Indian journal of veterinary science and animal husbandry - Volumes 18-21, 1948-1951
Year: 1948
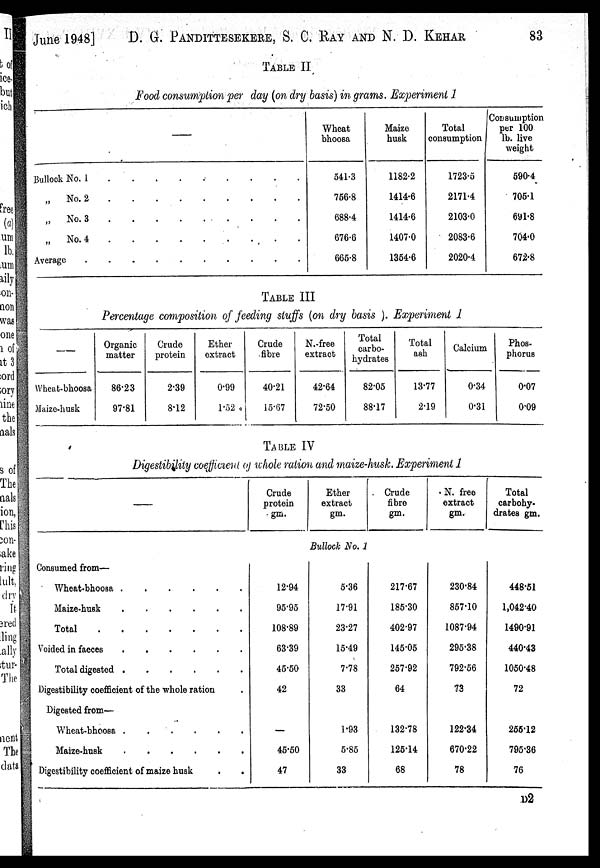
June 1948] D. G. PANDITTESEKERE, S. C. RAY AND N. D. KEHAR 83
TABLE II
Food consumption per day (on dry basis) in grams. Experiment 1
—
Bullock No. 1
.
.
.
.
.
.
.
.
.
„
No. 2
.
.
.
.
.
.
.
.
.
„
No. 3
.
.
.
.
.
.
.
.
.
„
No. 4
.
.
.
.
.
.
.
.
.
Average
.
.
.
.
.
.
.
.
.
Wheat
bhoosa
541.3
756.8
688.4
676.6
665.8
Maize
husk
1182.2
1414.6
1414.6
1407.0
1354.6
Total
consumption
1723.5
2171.4
2103.0
2083.6
2020.4
Consumption
per 100
lb. live
weight
590.4
705.1
691.8
704.0
672.8
TABLE III
Percentage composition of feeding stuffs (on dry basis ). Experiment 1
—
Wheat-bhoosa
Maize-husk
Organic
matter
86.23
97.81
Crude
protein
2.39
8.12
Ether
extract
0.99
1.52
Crude
fibre
40.21
15.67
N.-free
extract
42.64
72.50
Total
carbo-
hydrates
82.05
88.17
Total
ash
13.77
2.19
Calcium
0.34
0.31
Phos-
phorus
0.07
0.09
TABLE IV
Digestibility coefficient of whole ration and maize-husk. Experiment 1
—
Consumed from—
Wheat-bhoosa
.
.
.
.
.
.
Maize-husk
.
.
.
.
.
.
Total
.
.
.
.
.
.
.
Voided in faeces
.
.
.
.
.
.
Total digested
.
.
.
.
.
.
Digestibility coefficient of the whole ration .
Digested from—
Wheat-bhoosa
.
.
.
.
.
.
Maize-husk
.
.
.
.
.
.
Digestibility coefficient of maize husk . .
Crude
protein
gm.
12.94
95.95
108.89
63.39
45.50
42
—
45.50
47
Ether
extract
gm.
Bullock No. 1
5.36
17.91
23.27
15.49
7.78
33
1.93
5.85
33
Crude
fibre
gm.
217.67
185.30
402.97
145.05
257.92
64
132.78
125.14
68
N. free
extract
gm.
230.84
857.10
1087.94
295.38
792.56
73
122.34
670.22
78
Total
carbohy-
drates gm.
448.51
1,042.40
1490.91
440.43
1050.48
72
255.12
795.36
76
D2